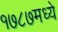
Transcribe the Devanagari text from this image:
१७८७मध्ये